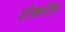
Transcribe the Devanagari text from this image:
टोकरीत